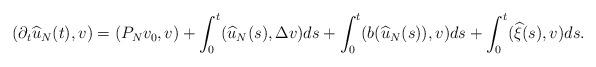
LaTeX: \begin{align*}(\partial_t\widehat{u}_N(t),v)=(P_Nv_0,v)+\int_0^t (\widehat{u}_N(s), \Delta v)ds+\int_0^t (b(\widehat{u}_N(s)), v)ds+\int_0^t (\widehat{\xi}(s), v)ds.\end{align*}